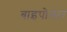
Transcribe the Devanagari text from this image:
बाइपोलार